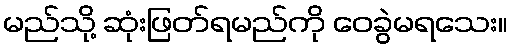
မည်သို့ ဆုံးဖြတ်ရမည်ကို ဝေခွဲမရသေး။